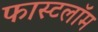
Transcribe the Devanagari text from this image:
फास्टलॉम